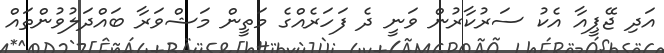
އަދި ޖޭޕީއާ އެކު ސަރުކާރުން ވަނީ ދެ ފަހަރެއްގެ މަތީން މަޝްވަރާ ބައްދަލުވުންތައް